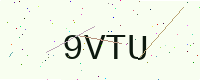
Text: 9VTU